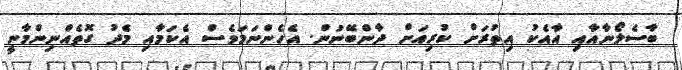
ބާސެލޯނާއާއި އާއެކު އިތުރަށް ކުރިއަށް ދާންބޭނުން. އެހެންނަމަވެސް އެކަމާއި މެދު ގޮތެއްނިންމާނީ